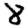
Digit: 8